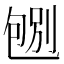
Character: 𠣶